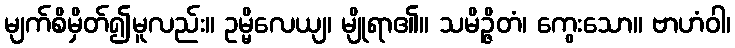
မျက်စိမှိတ်၍မူလည်း။ ဥမ္မိလေယျ၊ မျိုရာ၏။ သမိဉ္ဇိတံ၊ ကွေးသော။ ဗာဟံဝါ၊